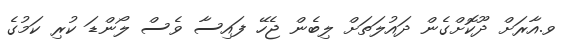
ވ.އާރަށް ދޫކޮށްގެން ދައުލަތަށް ލިބެން ޖެހޭ ފައިސާ ވެސް ލޯންޑަ ކުރި ކަމުގެ